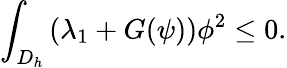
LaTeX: \int_{D_{h}}\left(\lambda_{1}+G(\psi)\right)\phi^{2}\leq 0.